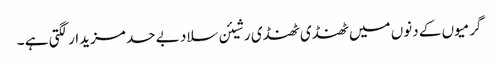
گرمیوں کے دنوں میں ٹھنڈی ٹھنڈی رشیئن سلاد بے حد مزیدار لگتی ہے ۔